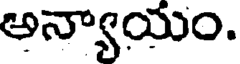
అన్యాయం.